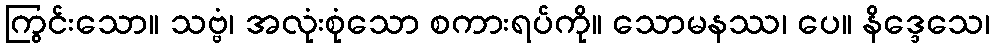
ကြွင်းသော။ သဗ္ဗံ၊ အလုံးစုံသော စကားရပ်ကို။ သောမနဿ၊ ပေ။ နိဒ္ဒေသေ၊